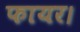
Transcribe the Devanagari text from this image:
फायर।